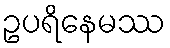
ဥပရိနေမဿ